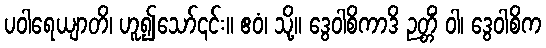
ပဝါရေယျာတိ၊ ဟူ၍သော်၎င်း။ ဧဝံ၊ သို့။ ဒွေဝါစိကာဒိ ဉတ္တိံ ဝါ၊ ဒွေဝါစိက